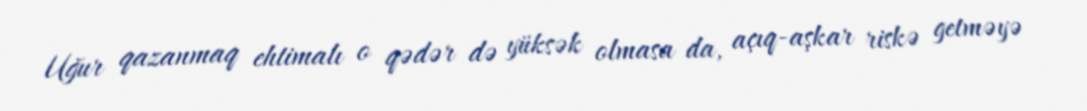
Uğur qazanmaq ehtimalı o qədər də yüksək olmasa da, açıq-aşkar riskə getməyə